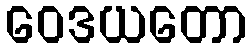
ဝေဒယတော